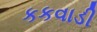
કકવાડી